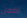
اضمن